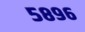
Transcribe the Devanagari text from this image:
५८९६